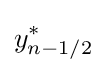
y_{n-1/2}^{*}